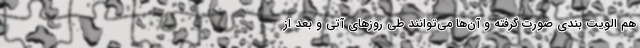
هم الویت بندی صورت گرفته و آن‌ها می‌توانند طی روز‌های آتی و بعد از